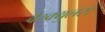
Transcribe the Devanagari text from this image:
वैस्क्युलस